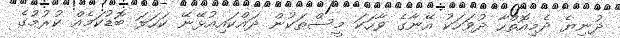
ދުނިޔެ ދެމިއޮތްހާ ދުވަހަކު އޭނާގެ ވާހަކަ މީސްތަކުން ދައްކައިއުޅޭނޭ ކަހަލަ ބޮޑުކަމެއް ކުރުމުގެ